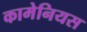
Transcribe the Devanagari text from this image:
कामेनियस